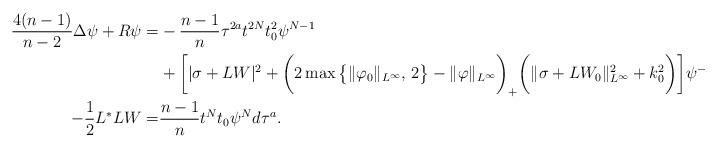
LaTeX: \begin{align*}\aligned\frac{4(n-1)}{n-2}\Delta \psi +R\psi=&-\frac{n-1}{n}\tau^{2a}t^{2N}t_0^2\psi^{N-1}\\&+\bigg[|\sigma+LW|^2+\bigg(2\max\big\{\|\varphi_0\|_{L^\infty},\,2\big\}-\|\varphi\|_{L^\infty}\bigg)_+\bigg(\|\sigma+LW_0\|^2_{L^\infty}+k_0^2\bigg)\bigg]\psi^{-N-1},\\-\frac{1}{2}L^*LW=&\frac{n-1}{n}t^Nt_0\psi^Nd\tau^{a}.\endaligned\end{align*}